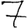
Digit: 7